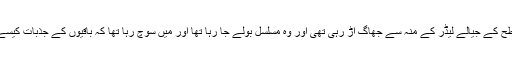
درمیانی سطح کے جیالے لیڈر کے منہ سے جھاگ اڑ رہی تھی اور وہ مسلسل بولے جا رہا تھا اور میں سوچ رہا تھا کہ باقیوں کے جذبات کیسے ہوں گے؟